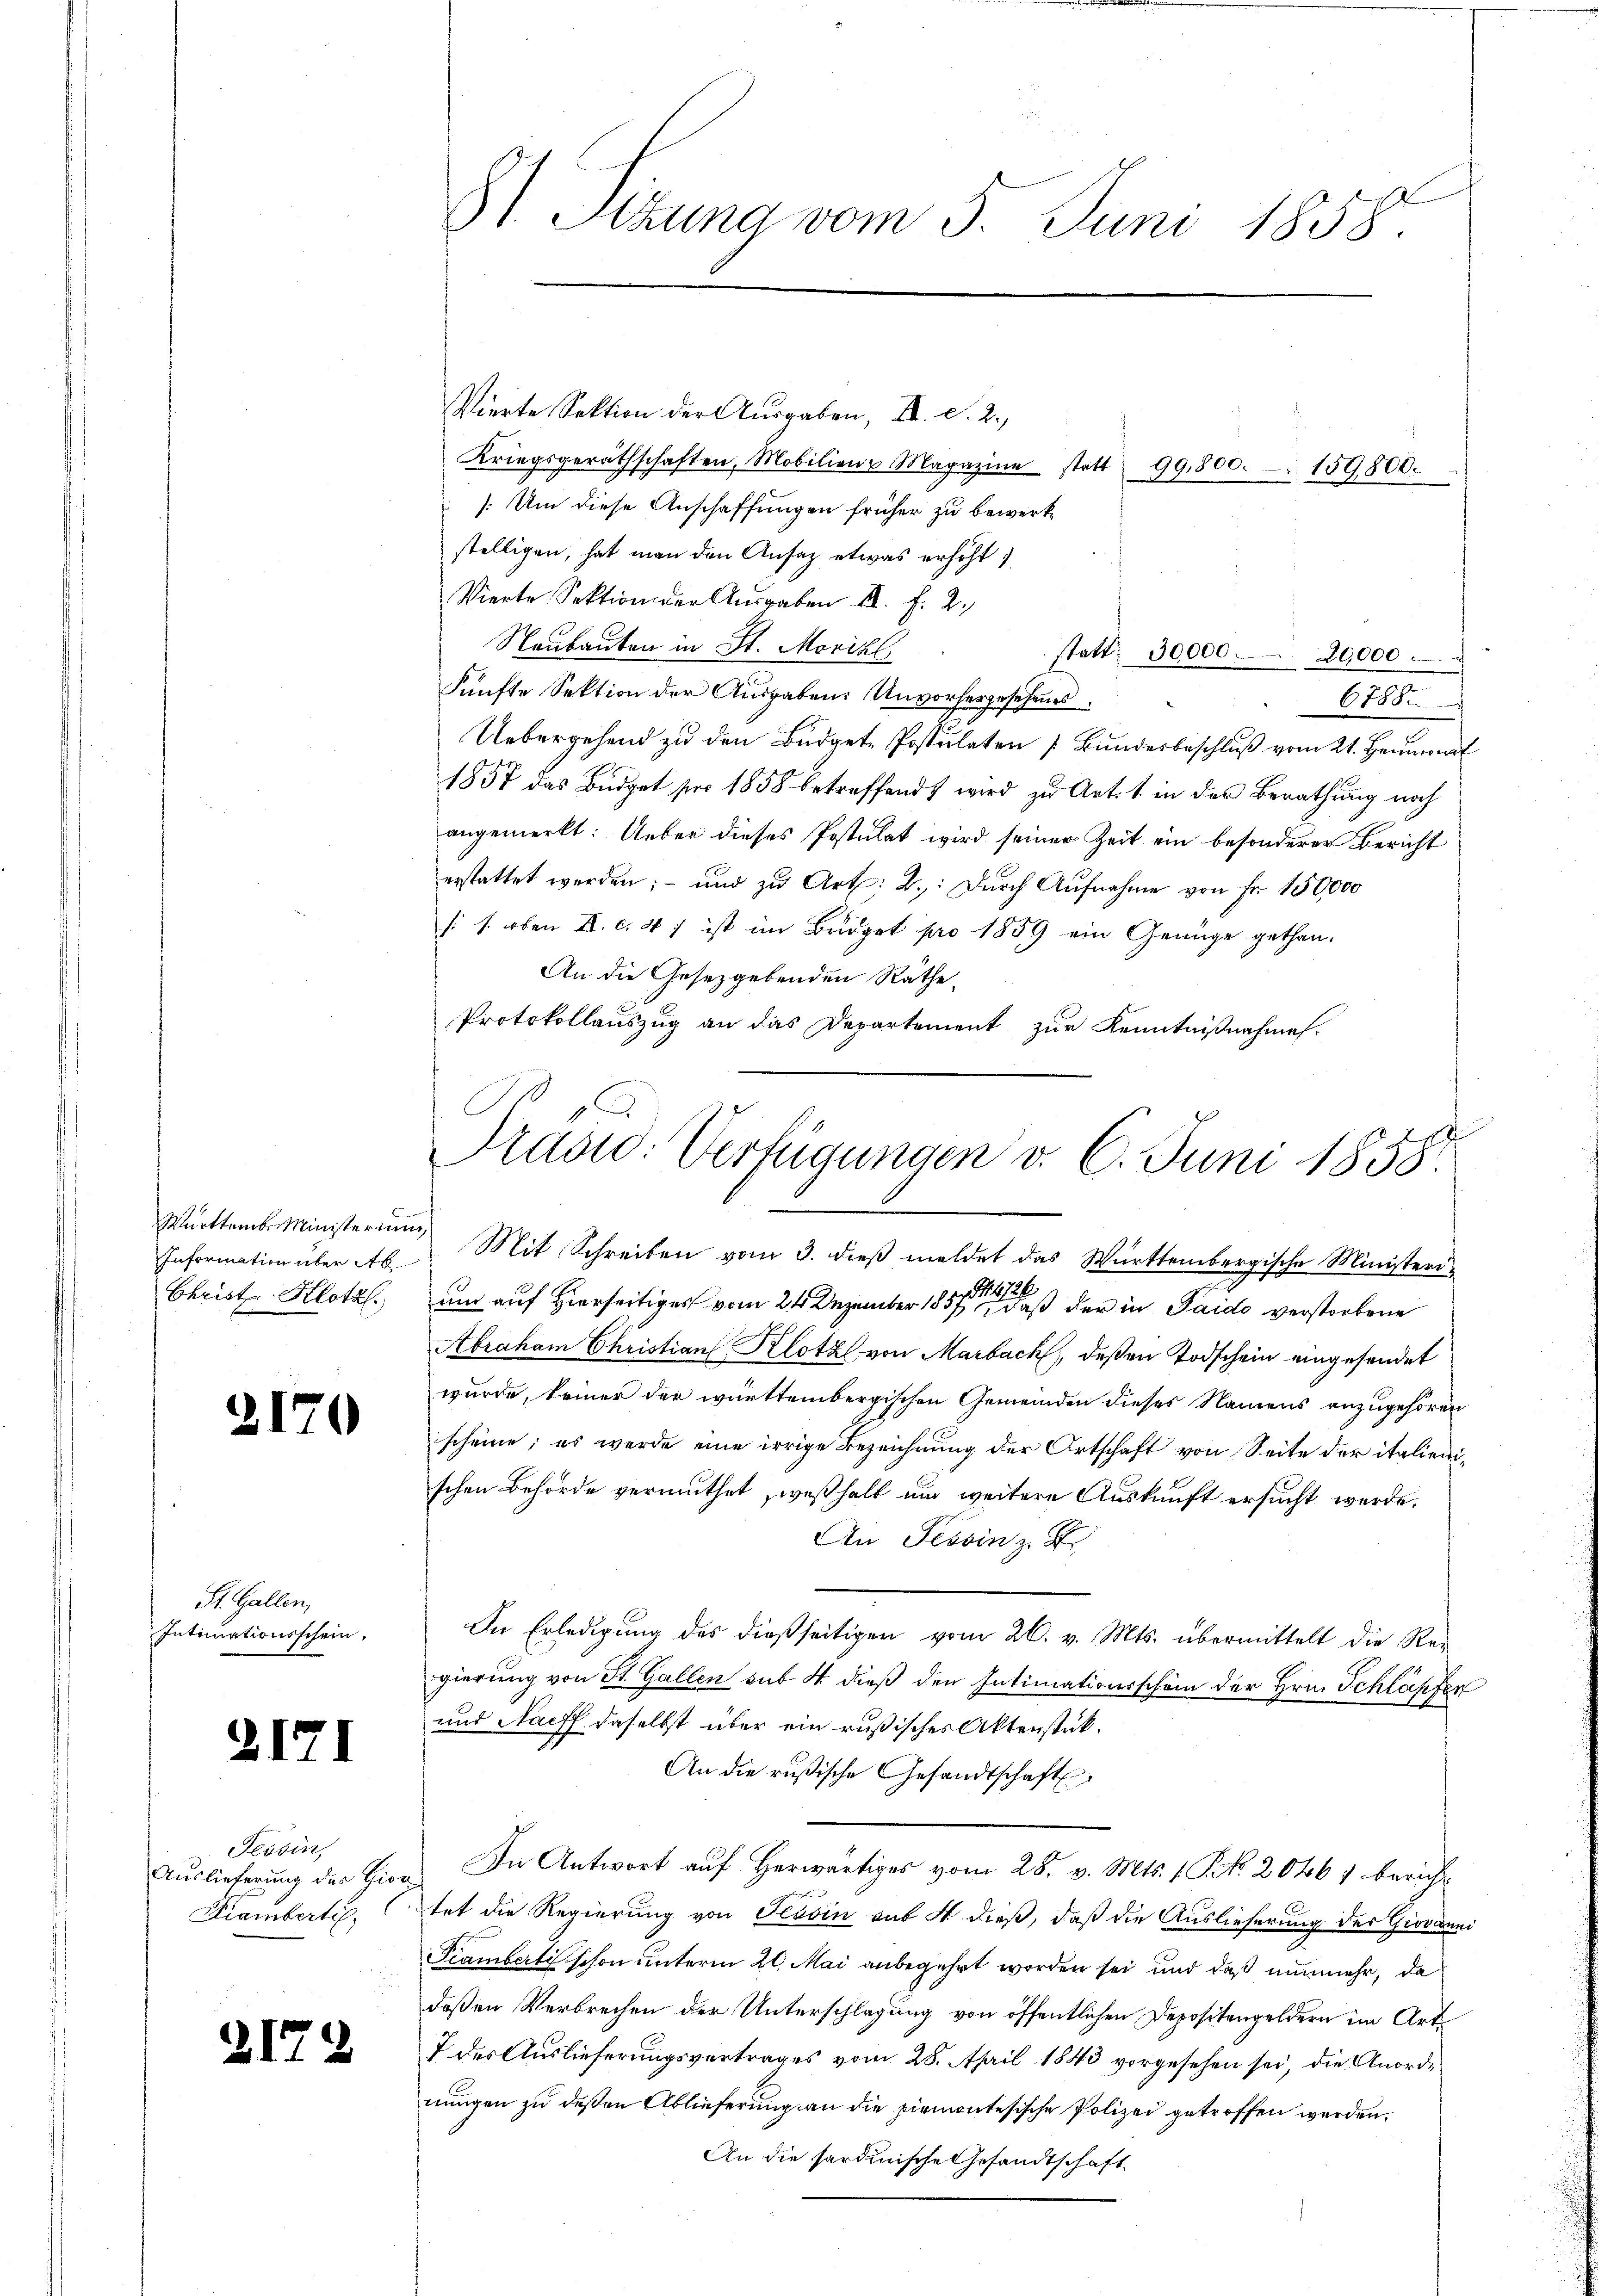
Württemb. Ministerium
Information über Ab
Christ. Klotzl.

2170

St. Gallen,
Intimationsschein.

2171

Tessin,
Auslieferung des Giov
Krambertig,

217.

St Sizung vom 5. Juni 1858.

Vierte Sektion der Ausgaben, II. d. 2.
Kriegsgeräthschaften, Mobilien Magazine statt 99800. 159800.
Um diese Anschaffungen früher zu bewerkstelligen, hat man den Ansaz etwas erhöht 7
Vierte Sektion der Aŭsgaben a. f. 2.
Neubauten in St. Morizl
Fünfte Sektion der Ausgaben: Unvorhergesehenes
6788.
Uebergehend zu den Büdgete Postulaten 7 Bŭndesbeschluß vom 21. Heumonat
1857 das Büdget pro 1858 betreffend wird zu Art. 1. in der Berathung noch
angemerkt: Ueber dieses Postulat wird seiner Zeit ein besonderer Bericht
erstattet werden; - und zu Art: 2.: Dŭrch Aŭfnahme von Fr. 150,000
s s. oben II. c. 47 ist im Budget pro 1859 ein Genüge gethan.
An die Gesetzgebenden Räthe
Protokollauszug an das Departement zur Kenntnißnahme.

statt: 30000. 20,000.

2
Prasid: Verfügungen v. 6. Juni 1858.

Mit Schreiben vom 3. dieß meldet das Württembergische Ministeri¬
und auf Hierseitiges vom 24. Dezember 1857, daß der in Paido verstorbene
Abraham Christian Klotz von Marbach, deßen Todschein eingesendet
wurde, keiner der württembergischen Gemeinden dieses Namens anzugehören
scheine; es werde eine irrige Bezeichnung der Ortschaft von Seite der italienischen Behörde vermuthet weshalt um weitere Auskunft ersucht werde.
An Tessin z. B.
In Erledigung des dießseitigen vom 26. v. Mts. übermittelt die Re-
gierung von St. Gallen sub 4 dieß den Intimationsschein der Hrn. Schläpfer
und Naeff daselbst über ein rußisches Aktenstück.
An die rusische Gesandtschaft
In Antwort auf Herwärtiges vom 28. v. Mts. 1. P. R. 20467 bericht
tet die Regierung von Tessin aus 4 dieß, daß die Auslieferung des Giovanni
Pramberti schon unterm 20. Mai anbegehrt worden sei und daß nunmehr, da
deßen Verbrechen der Unterschlagung von öffentlichen Depositengeldern im Art.
7 des Auslieferungsvertrages vom 28. April 1843 vorgesehen sei, die Anordnungen zu deßen Ablieferung an die piemontesische Polizei getroffen werden.
An die sardinische Gesandtschaft